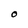
Character: O